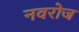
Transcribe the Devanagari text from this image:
नवरोज